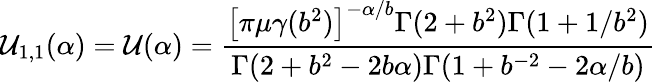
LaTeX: \mathcal{U}_{1,1}(\alpha)=\mathcal{U}(\alpha)=\frac{{\left[\pi\mu\gamma(b^{2})\right]^{-\alpha/b}\Gamma(2+b^{2})\Gamma(1+1/b^{2})}}{{\Gamma(2+b^{2}-2b\alpha)\Gamma(1+b^{-2}-2\alpha/b)}}